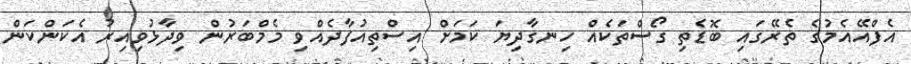
އެފްއޭއެމުގެ ތެރޭގައި ބޮޑެތި ގޯސްތަކެއް ހިނގާދިޔަ ކަމަށް އިސްތިއުފާދެއްވި މެމްބަރުން ވިދާޅުވިއިރު އެކަންކަން